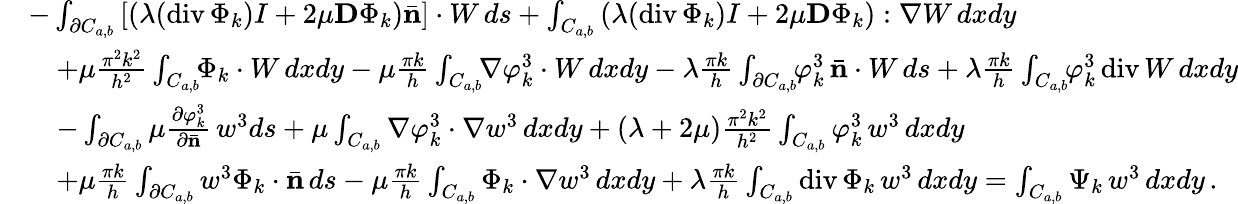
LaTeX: \begin{array}{rl}&{-\int_{\partial C_{a,b}}\left[\left(\lambda(\mathrm{div}\, \Phi_{k})I+2\mu{\mathbf D}\Phi_{k}\right)\bar{\mathbf n}\right]\cdot W\, ds+\int_{C_{a,b}}\left(\lambda(\mathrm{div}\, \Phi_{k})I+2\mu{\mathbf D}\Phi_{k}\right):\nabla W\, dxdy}\\ &{\quad+\mu\frac{\pi^{2}k^{2}}{h^{2}}\int_{C_{a,b}}\! \! \Phi_{k}\cdot W\, dxdy-\mu\frac{\pi k}{h}\int_{C_{a,b}}\! \! \nabla\varphi_{k}^{3}\cdot W\, dxdy-\lambda\frac{\pi k}{h}\int_{\partial C_{a,b}}\! \! \varphi_{k}^{3}\, \bar{\mathbf n}\cdot W\, ds+\lambda\frac{\pi k}{h}\int_{C_{a,b}}\! \! \varphi_{k}^{3}\, \mathrm{div}\, W\, dxdy}\\ &{\quad-\int_{\partial C_{a,b}}\mu\frac{\partial\varphi_{k}^{3}}{\partial\bar{\mathbf n}}\, w^{3}ds+\mu\int_{C_{a,b}}\nabla\varphi_{k}^{3}\cdot\nabla w^{3}\, dxdy+(\lambda+2\mu)\frac{\pi^{2}k^{2}}{h^{2}}\int_{C_{a,b}}\varphi_{k}^{3}\, w^{3}\, dxdy}\\ &{\quad+\mu\frac{\pi k}{h}\int_{\partial C_{a,b}}w^{3}\Phi_{k}\cdot\bar{\mathbf n}\, ds-\mu\frac{\pi k}{h}\int_{C_{a,b}}\Phi_{k}\cdot\nabla w^{3}\, dxdy+\lambda\frac{\pi k}{h}\int_{C_{a,b}}\mathrm{div}\, \Phi_{k}\, w^{3}\, dxdy=\int_{C_{a,b}}\Psi_{k}\, w^{3}\, dxdy\, .}\end{array}